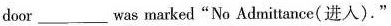
door ___ was marked“No Admittance( 进入)."